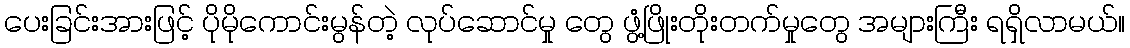
ပေးခြင်းအားဖြင့် ပိုမိုကောင်းမွန်တဲ့ လုပ်ဆောင်မှု တွေ ဖွံ့ဖြိုးတိုးတက်မှုတွေ အများကြီး ရရှိလာမယ်။